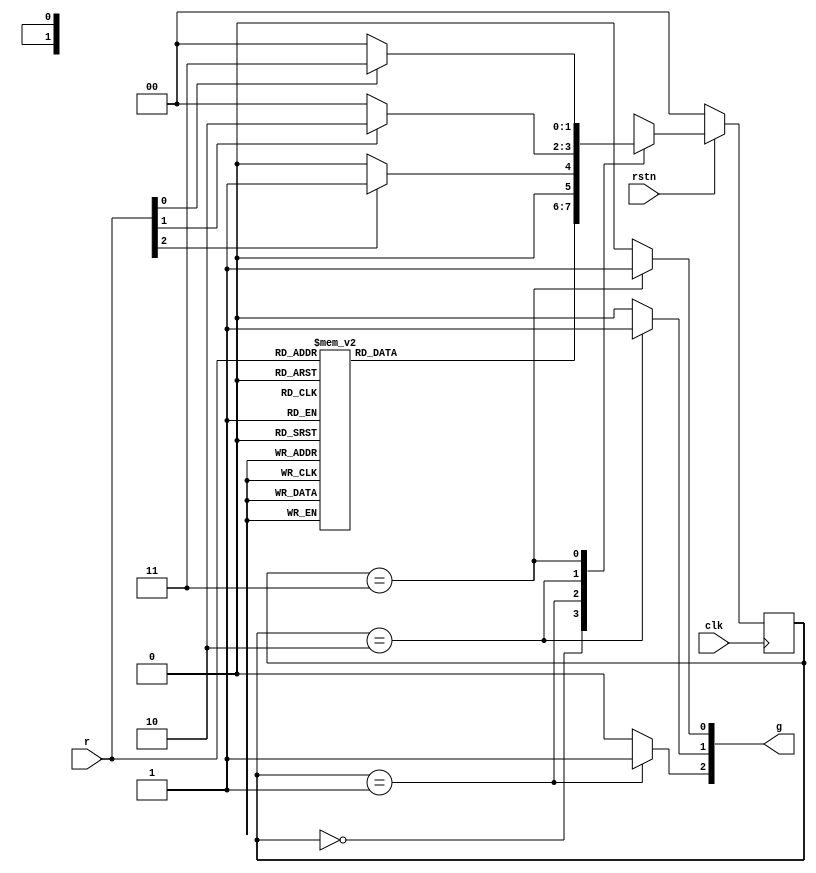
// arbiter.v

`define IDLE 2'b00
`define GNT1 2'b01
`define GNT2 2'b10
`define GNT3 2'b11

module arbiter #(
    parameter INPUT_WIDTH   = 3,
    parameter OUTPUT_WIDTH  = 3,
    parameter Y_WIDTH       = 2
) (
    input                           clk,
    input                           rstn,
    input [1:INPUT_WIDTH]         r,
    output wire [1:OUTPUT_WIDTH]  g
);

    reg [Y_WIDTH:1] y, Y;

    // Arbiter FSM
    always @(r, Y) begin
        case (y)
            `IDLE: begin
                case (r)
                    3'b000:     Y = `IDLE;
                    3'b001:     Y = `GNT3;
                    3'b010:     Y = `GNT2;
                    3'b011:     Y = `GNT2;
                    3'b100:     Y = `GNT1; 
                    3'b101:     Y = `GNT1;
                    3'b110:     Y = `GNT1; 
                    3'b111:     Y = `GNT1;
                    default:    Y = `IDLE;
                endcase
                
            end 
            `GNT1: begin
                if (r[1])       
                                Y = `GNT1;
                else            
                                Y = `IDLE;
            end
            `GNT2: begin
                if (r[2])       
                                Y = `GNT2;
                else            
                                Y = `IDLE;
            end
            `GNT3: begin
                if (r[3])       
                                Y = `GNT3;
                else            
                                Y = `IDLE;
            end
            default:            Y = `IDLE;
        endcase
    end

    // Sequential block
    always @(posedge clk) begin
        if (~rstn)
            y <= `IDLE;
        else
            y <= Y;

    end

    // Output
    assign g[1] = (y == `GNT1) ? 1 : 0;
    assign g[2] = (y == `GNT2) ? 1 : 0;
    assign g[3] = (y == `GNT3) ? 1 : 0;

    
endmodule